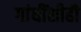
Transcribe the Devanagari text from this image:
गांधींशीही